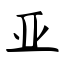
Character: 亚